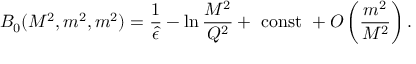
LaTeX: B _ { 0 } ( M ^ { 2 } , m ^ { 2 } , m ^ { 2 } ) = { \frac { 1 } { \hat { \epsilon } } } - \ln { \frac { M ^ { 2 } } { Q ^ { 2 } } } + ~ \mathrm { c o n s t } ~ + { \cal O } \left( { \frac { m ^ { 2 } } { M ^ { 2 } } } \right) .